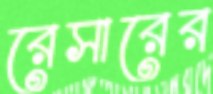
রেসারের